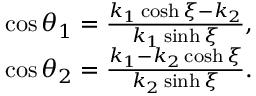
\begin{array} { r } { \cos \theta _ { 1 } = \frac { k _ { 1 } \cosh \xi - k _ { 2 } } { k _ { 1 } \sinh \xi } , } \\ { \cos \theta _ { 2 } = \frac { k _ { 1 } - k _ { 2 } \cosh \xi } { k _ { 2 } \sinh \xi } . } \end{array}